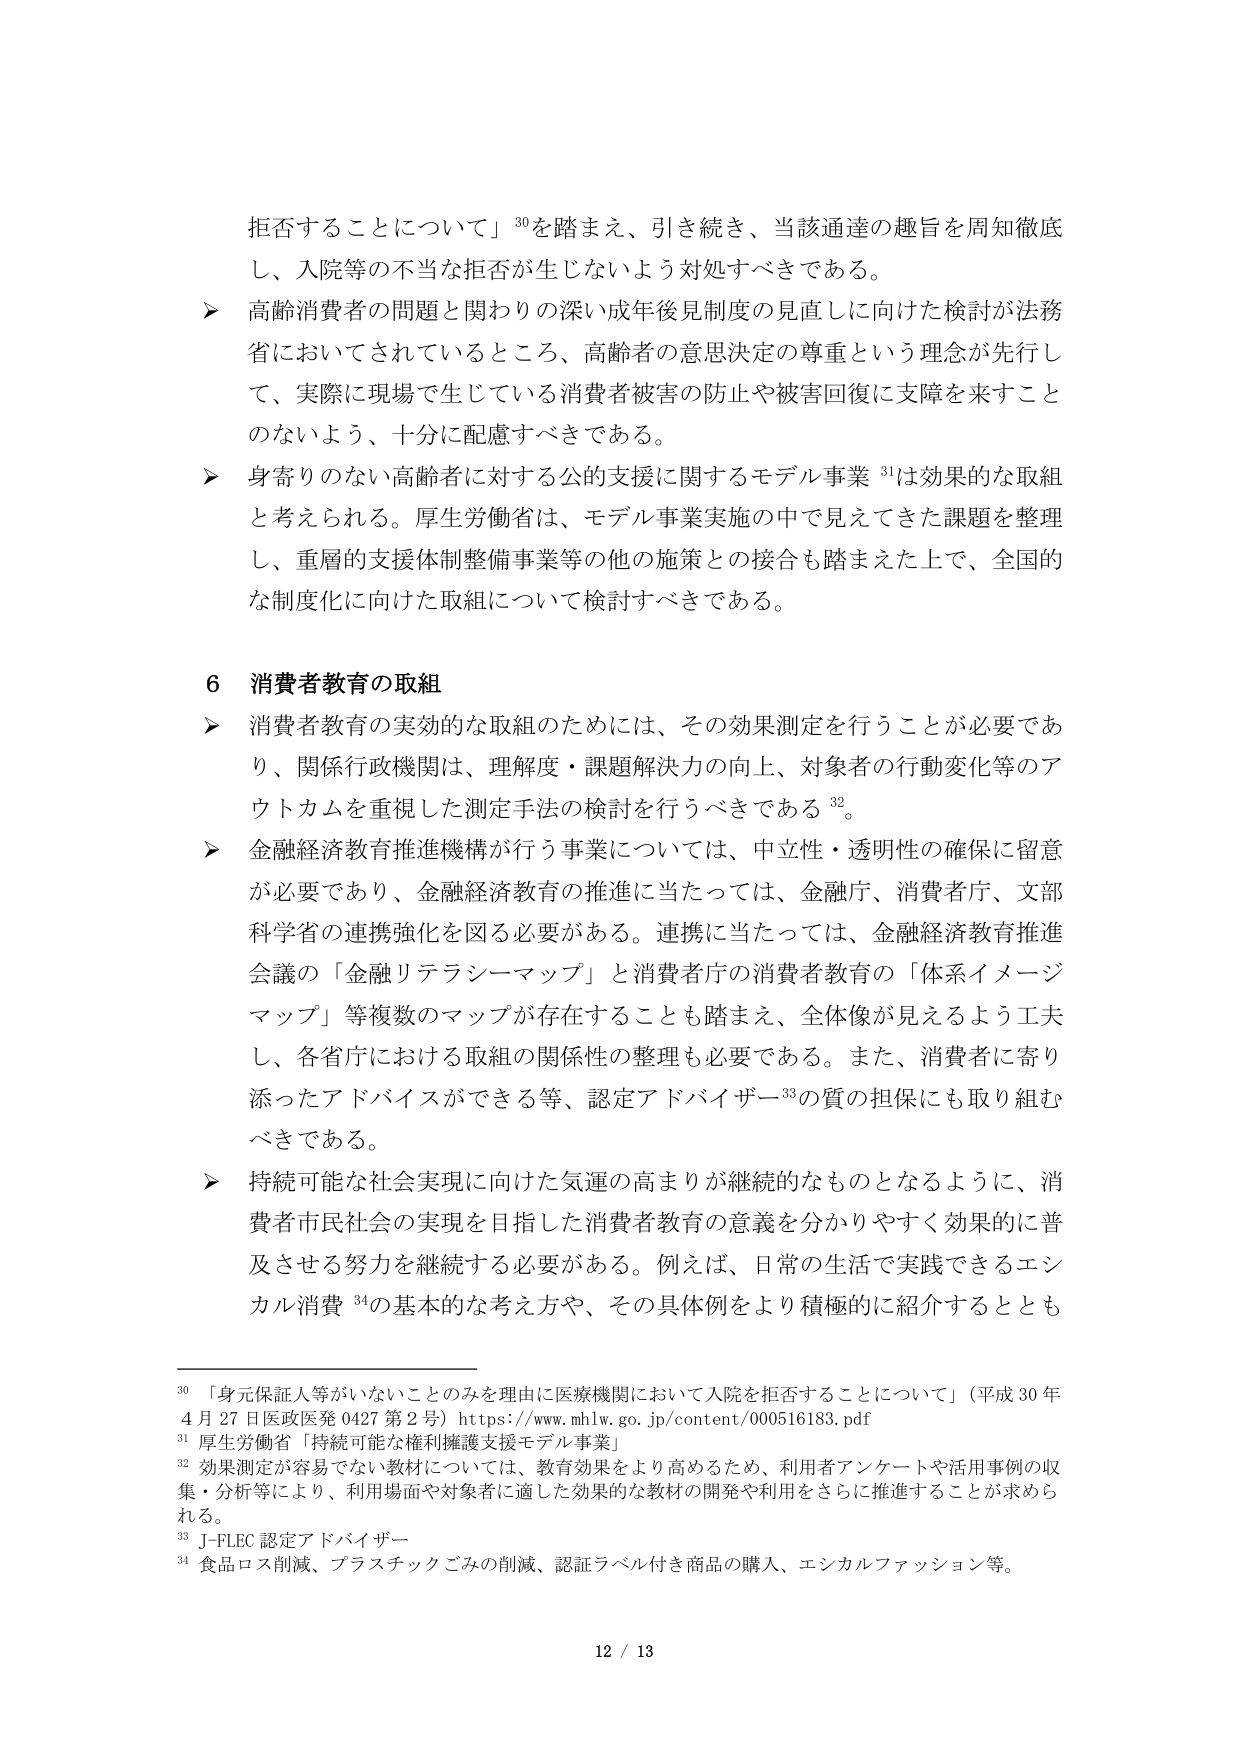
拒否することについて」30を踏まえ、引き続き、当該通達の趣旨を周知徹底し、入院等の不当な拒否が生じないよう対処すべきである。

➤ 高齢消費者の問題と関わりの深い成年後見制度の見直しに向けた検討が法務省においてされているところ、高齢者の意思決定の尊重という理念が先行して、実際に現場で生じている消費者被害の防止や被害回復に支障を来すことのないよう、十分に配慮すべきである。

➤ 身寄りのない高齢者に対する公的支援に関するモデル事業31は効果的な取組と考えられる。厚生労働省は、モデル事業実施の中で見えてきた課題を整理し、重層的支援体制整備事業等の他の施策との接合も踏まえた上で、全国的な制度化に向けた取組について検討すべきである。

6 消費者教育の取組

➤ 消費者教育の実効的な取組のためには、その効果測定を行うことが必要であり、関係行政機関は、理解度・課題解決力の向上、対象者の行動変化等のアウトカムを重視した測定手法の検討を行うべきである32。

➤ 金融経済教育推進機構が行う事業については、中立性・透明性の確保に留意が必要であり、金融経済教育の推進に当たっては、金融庁、消費者庁、文部科学省の連携強化を図る必要がある。連携に当たっては、金融経済教育推進会議の「金融リテラシーマップ」と消費者庁の消費者教育の「体系イメージマップ」等複数のマップが存在することも踏まえ、全体像が見えるよう工夫し、各省庁における取組の関係性の整理も必要である。また、消費者に寄り添ったアドバイスができる等、認定アドバイザー33の質の担保にも取り組むべきである。

➤ 持続可能な社会実現に向けた気運の高まりが継続的なものとなるように、消費者市民社会の実現を目指した消費者教育の意義を分かりやすく効果的に普及させる努力を継続する必要がある。例えば、日常の生活で実践できるエシカル消費34の基本的な考え方や、その具体例をより積極的に紹介するととも

30 「身元保証人等がいないことのみを理由に医療機関において入院を拒否することについて」（平成30年4月27日医政医発0427第2号）https://www.mhlw.go.jp/content/000516183.pdf
31 厚生労働省「持続可能な権利擁護支援モデル事業」
32 効果測定が容易でない教材については、教育効果をより高めるため、利用者アンケートや活用事例の収集・分析等により、利用場面や対象者に適した効果的な教材の開発や利用をさらに推進することが求められる。
33 J-FLEC認定アドバイザー
34 食品ロス削減、プラスチックごみの削減、認証ラベル付き商品の購入、エシカルファッション等。

12 / 13